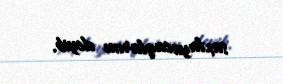
saxlayacaqlarını deyib.